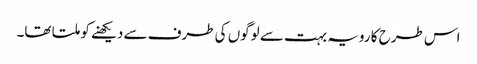
اس طرح کا رویہ بہت سے لوگوں کی طرف سے دیکھنے کو ملتا تھا۔